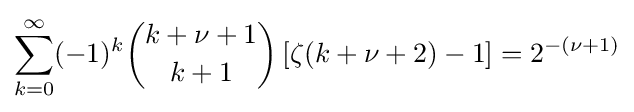
\sum _{k=0}^{\infty }(-1)^{k}{k+\nu +1 \choose k+1}\left[\zeta (k+\nu +2)-1\right]=2^{-(\nu +1)}